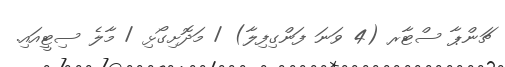
ޗަންޕާ ސްޓާރ (4 ވަނަ ފަންގިފިލާ) / މަދޮށިގޯޅި / މާލެ ސިޓީއައި.